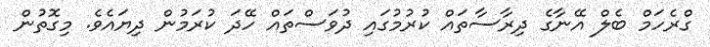
ގްރެހަމް ބެލް އޭނާގެ ދިރާސާތައް ކުރުމުގައި ދުވަސްތައް ހޭދަ ކުރަމުން ދިޔައެވެ. މިގޮތުން